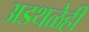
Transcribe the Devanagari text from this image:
अडथळेही